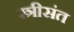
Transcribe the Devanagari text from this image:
स्त्रीसंत